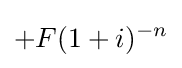
+F(1+i)^{-n}